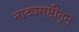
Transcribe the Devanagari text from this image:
नाट्यसृष्टीतून